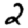
Digit: 2